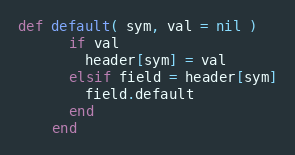
Language: Ruby
def default( sym, val = nil )
      if val
        header[sym] = val
      elsif field = header[sym]
        field.default
      end
    end